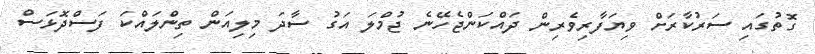
ގޮތުގައި ސަރުކާރަށް ވިޔަފާރިވެރިން ދައްކަންޖެހޭނެ ޖުމްލަ އަގު ސާދަ މިލިއަން ތިންލައްކަ ފަސްދޮޅަސް